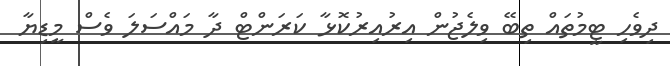
ދިވެހި ޓީމުތައް ތިބޭ ވިލެޖުން އިރުއިރުކޮޅާ ކަރަންޓް ދާ މައްސަލަ ވެސް މީޑިޔާ